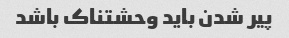
پیر شدن باید وحشتناک باشد